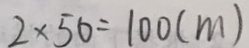
2 \times 5 0 = 1 0 0 ( m )